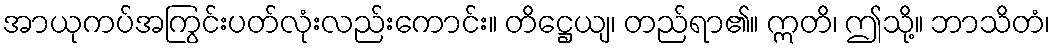
အာယုကပ်အကြွင်းပတ်လုံးလည်းကောင်း။ တိဋ္ဌေယျ၊ တည်ရာ၏။ ဣတိ၊ ဤသို့။ ဘာသိတံ၊